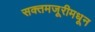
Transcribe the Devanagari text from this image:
सक्तमजूरीमधून